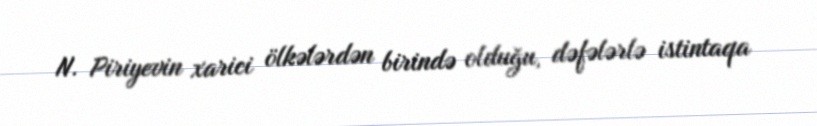
N. Piriyevin xarici ölkələrdən birində olduğu, dəfələrlə istintaqa